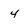
Character: 4